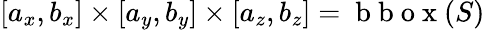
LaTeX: [a_{x},b_{x}]\times[a_{y},b_{y}]\times[a_{z},b_{z}]=\mathrm{~b~b~o~x~}(S)